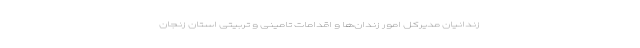
زندانیان مدیرکل امور زندان‌ها و اقدامات تامینی و تربیتی استان زنجان